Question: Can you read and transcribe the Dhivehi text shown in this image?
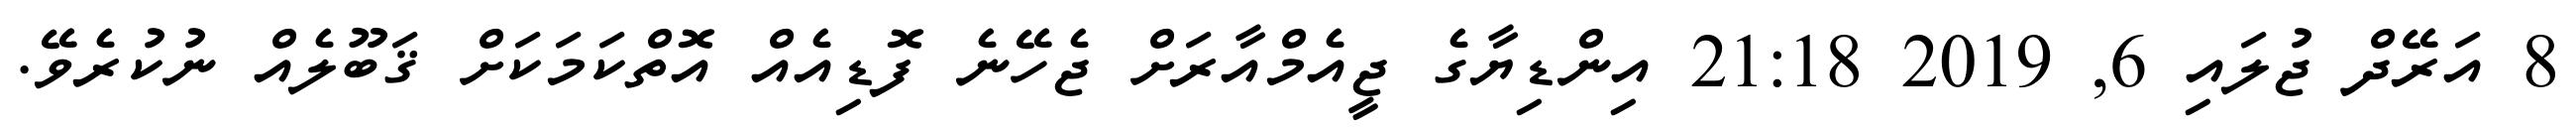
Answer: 8 އަރޭދް ޖުލައި 6, 2019 21:18 އިންޑިޔާގެ ޖީއެމްއާރަށް ޖެހޭނެ ފޮޑިއެއް އޮތްކަމަކަށް ޤަބޫލެއް ނުކުރެވޭ.